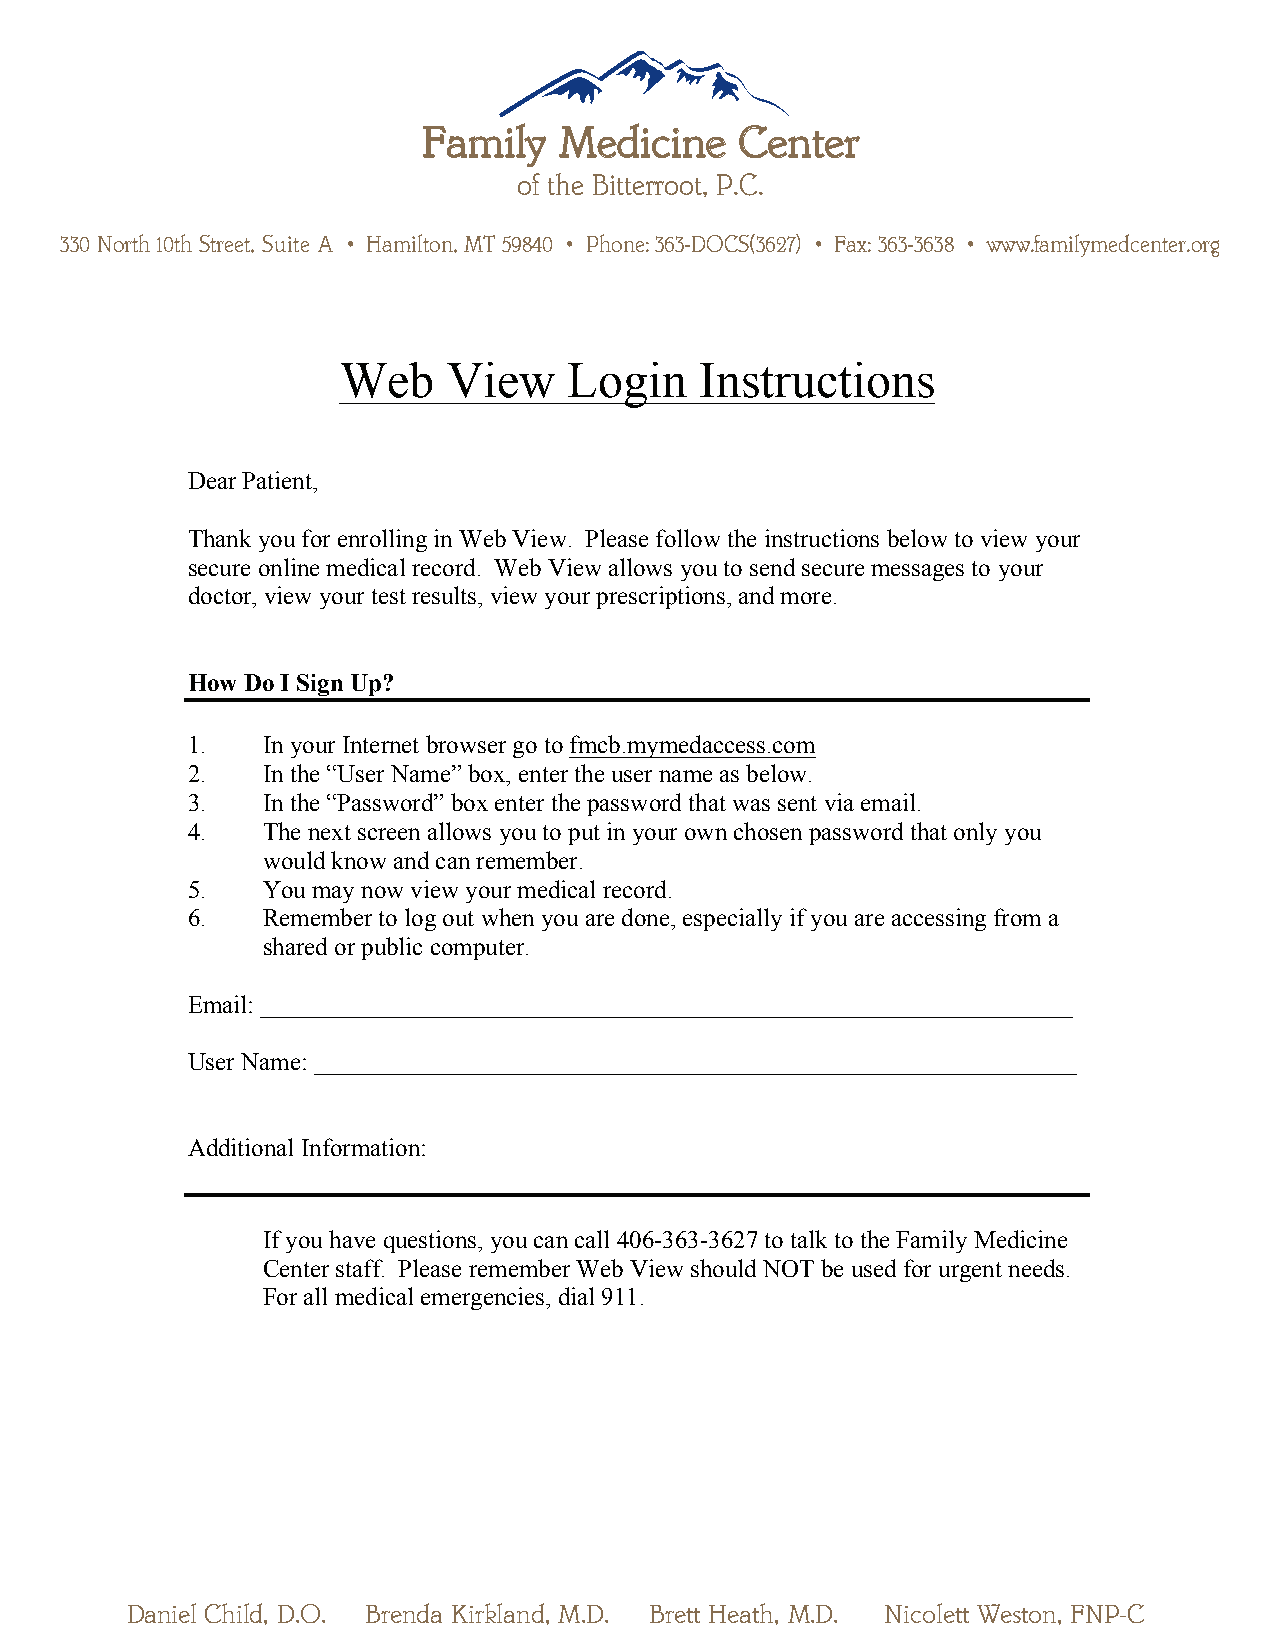
FFaammiillyy MMeeddiicciinnee CCeenntteerr
 ooff tthhee BBiitttteerrrroooott,, PP..CC..
 333300 NNoorrtthh 1100tthh SSttrreeeett,, SSuuiittee AA  HHaammiillttoonn,, MMTT 5599884400  PPhhoonnee:: 336633--DDOOCCSS((33662277))  FFaaxx:: 336633--33663388  wwwwww..ffaammiillyymmeeddcceenntteerr..oorrgg
 Web     View    Login   Instructions
 Dear Patient,
 Thank you for enrolling in Web View. Please follow the instructions below to view your
 secure online medical record. Web View allows you to send secure messages to your
 doctor, view your test results, view your prescriptions, and more.
 How Do I Sign Up?
 1.   In your Internet browser go to fmcb.mymedaccess.com
 2.   In the “User Name” box, enter the user name as below.
 3.   In the “Password” box enter the password that was sent via email.
 4.   The next screen allows you to put in your own chosen password that only you
 would know and can remember.
 5.   You may now view your medical record.
 6.   Remember to log out when you are done, especially if you are accessing from a
 shared or public computer.
 Email: _________________________________________________________________
 User Name: _____________________________________________________________
 Additional Information:
 If you have questions, you can call 406-363-3627 to talk to the Family Medicine
 Center staff. Please remember Web View should NOT be used for urgent needs.
 For all medical emergencies, dial 911.
 RDaanndiye lS Ctehwiladr,t ,D M.O.D. . B Brerennddaa K Kirikrklalanndd, ,M M.D.D. . B Brerettt tH Heeaathth, ,M M.D.D. . N Nicicoolelettt tW Weestsotonn, ,F FNNPP-C-C